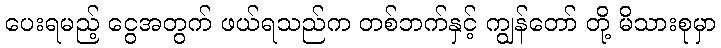
ပေးရမည့် ငွေအတွက် ဖယ်ရသည်က တစ်ဘက်နှင့် ကျွန်တော် တို့ မိသားစုမှာ